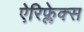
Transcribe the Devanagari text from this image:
ऐरिफ्लेक्स